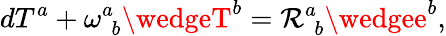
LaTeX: dT^{a}+\omega_{\, \, b}^{a}\wedgeT^{b}=\mathcal{R}_{\, \, b}^{a}\wedgee^{b},